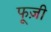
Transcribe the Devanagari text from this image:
फूज़ी